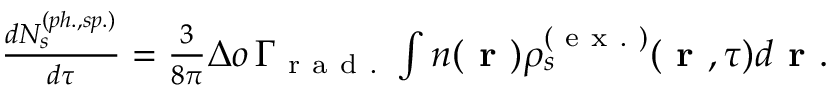
\begin{array} { r } { \frac { d N _ { s } ^ { ( p h . , s p . ) } } { d \tau } = \frac { 3 } { 8 \pi } \Delta o \, \Gamma _ { \mathrm { ~ r ~ a ~ d ~ . ~ } } \int n ( \textbf { r } ) \rho _ { s } ^ { ( \mathrm { ~ e ~ x ~ . ~ } ) } ( \textbf { r } , \tau ) d \textbf { r } . } \end{array}